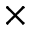
\times